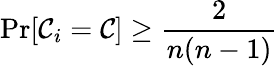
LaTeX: \operatorname*{Pr}[\mathcal{C}_{i}=\mathcal{C}]\geq{\frac{{2}}{{n(n-1)}}}